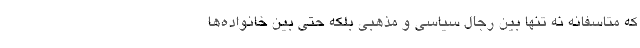
که متاسفانه نه تنها بین رجال سیاسی و مذهبی بلکه حتی بین خانواده‌ها